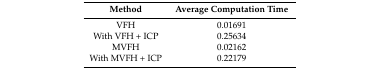
<table><thead><tr><td><b>Method</b></td><td><b>Average Computation Time</b></td></tr></thead><tbody><tr><td>VFH</td><td>0.01691</td></tr><tr><td>With VFH + ICP</td><td>0.25634</td></tr><tr><td>MVFH</td><td>0.02162</td></tr><tr><td>With MVFH + ICP</td><td>0.22179</td></tr></tbody></table>